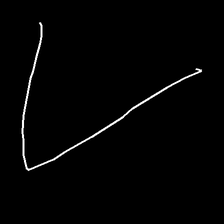
Glyph: region